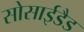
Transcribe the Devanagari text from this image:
सोसाईडैड